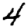
Digit: 4